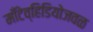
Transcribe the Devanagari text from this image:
मॉँटेव्हिडियोजवळ